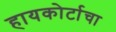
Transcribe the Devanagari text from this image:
हायकोर्टाचा